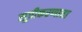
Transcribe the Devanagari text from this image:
सूत्रीकरणाचा